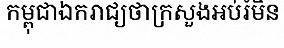
កម្ពុជាឯករាជ្យថាក្រសួងអប់រំមិន